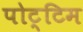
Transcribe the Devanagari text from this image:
पोट्टिम